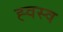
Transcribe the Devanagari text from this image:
ह्वस्व